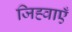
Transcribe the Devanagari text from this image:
जिह्वाएँ